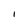
Character: l